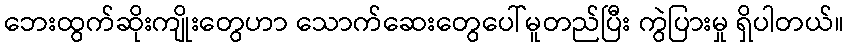
ဘေးထွက်ဆိုးကျိုးတွေဟာ သောက်ဆေးတွေပေါ်မူတည်ပြီး ကွဲပြားမှု ရှိပါတယ်။